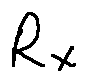
R _ { X }